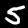
Label: 5